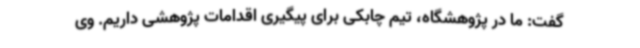
گفت: ما در پژوهشگاه، تیم چابکی برای پیگیری اقدامات پژوهشی داریم. وی